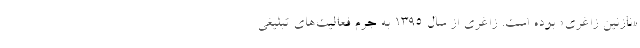
«نازنین زاغری» بوده است. زاغری از سال ۱۳۹۵ به جرم فعالیت‌های تبلیغی